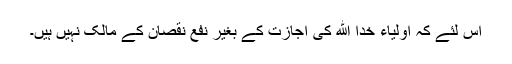
اس لئے کہ اولیاء خدا الله کی اجازت کے بغیر نفع نقصان کے مالک نہیں ہیں۔